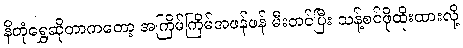
နိတုံရွှေဆိုတာကတော့ အကြိမ်ကြိမ်အဖန်ဖန် မီးတင်ပြီး သန့်စင်ဖိုထိုးထားလို့